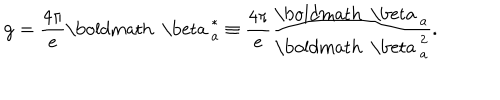
LaTeX: { \bf g } = \frac { 4 \pi } { e } \mathrm { \boldmath ~ \ b e t a ~ } _ { a } ^ { * } \equiv \frac { 4 \pi } { e } \frac { \mathrm { \boldmath ~ \ b e t a ~ } _ { a } } { \mathrm { \boldmath ~ \ b e t a ~ } _ { a } ^ { 2 } } .